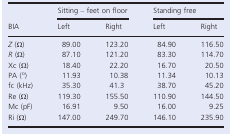
| <ROWSPAN=2> BIA | <COLSPAN=2> Sitting – feet on floor | <COLSPAN=2> Standing free |
 | Left | Right | Left | Right |
 | --- | --- | --- | --- | --- |
 | Z (Ω) | 89.00 | 123.20 | 84.90 | 116.50 |
 | R (Ω) | 87.10 | 121.20 | 83.30 | 114.70 |
 | Xc (Ω) | 18.40 | 22.20 | 16.70 | 20.50 |
 | PA (o) | 11.93 | 10.38 | 11.34 | 10.13 |
 | fc (kHz) | 35.30 | 41.3 | 38.70 | 45.20 |
 | Re (Ω) | 119.30 | 155.50 | 110.90 | 144.50 |
 | Mc (pF) | 16.91 | 9.50 | 16.00 | 9.25 |
 | Ri (Ω) | 147.00 | 249.70 | 146.10 | 235.90 |